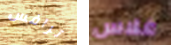
ترافس غلاس